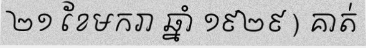
២១ ខែមករា ឆ្នាំ ១៩២៩ ) គាត់